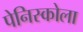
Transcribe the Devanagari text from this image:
पेनिस्कोला